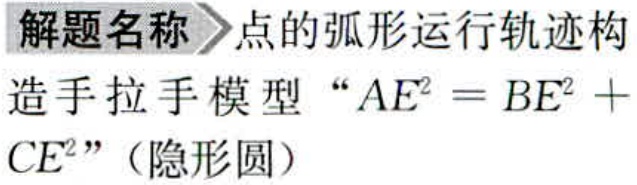
解题名称 点的弧形运行轨迹构
造手拉手模型 “\(AE^{2}=BE^{2}+
CE^{2}\)”（隐形圆）